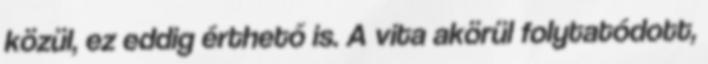
közül, ez eddig érthető is. A vita akörül folytatódott,